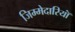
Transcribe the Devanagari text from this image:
जिम्मेदारियॉं